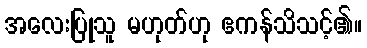
အလေးပြုသူ မဟုတ်ဟု ဧကန်သိသင့်၏။